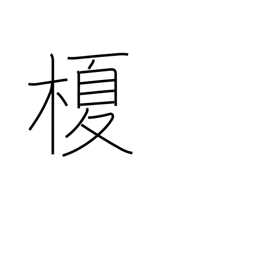
Meaning: lotus tree